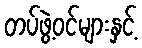
တပ်ဖွဲ့ဝင်များနှင့်